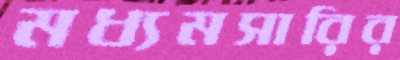
মধ্যমসারির